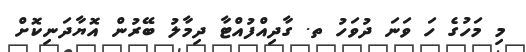
މި މަހުގެ ހަ ވަނަ ދުވަހު ތ. ގާދިއްފުއްޓާ ދިމާލު ބޭރުން އޮޔާދަނިކޮށް